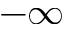
- \infty